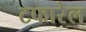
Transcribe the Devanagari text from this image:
टफारेल